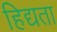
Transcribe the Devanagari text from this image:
हिद्यता